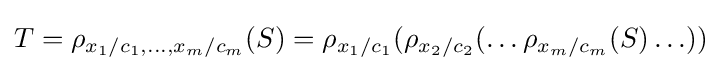
T=\rho _{x_{1}/c_{1},\ldots ,x_{m}/c_{m}}(S)=\rho _{x_{1}/c_{1}}(\rho _{x_{2}/c_{2}}(\ldots \rho _{x_{m}/c_{m}}(S)\ldots ))